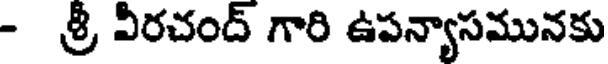
- శ్రీ వీరచంద్ గారి ఉపన్యాసమునకు